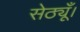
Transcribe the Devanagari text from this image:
सेठ्यूँ।